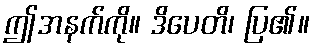
ဤအနက်ကို။ ဒိပေတိ၊ ပြ၏။